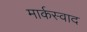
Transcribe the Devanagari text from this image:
मार्कस्वाद